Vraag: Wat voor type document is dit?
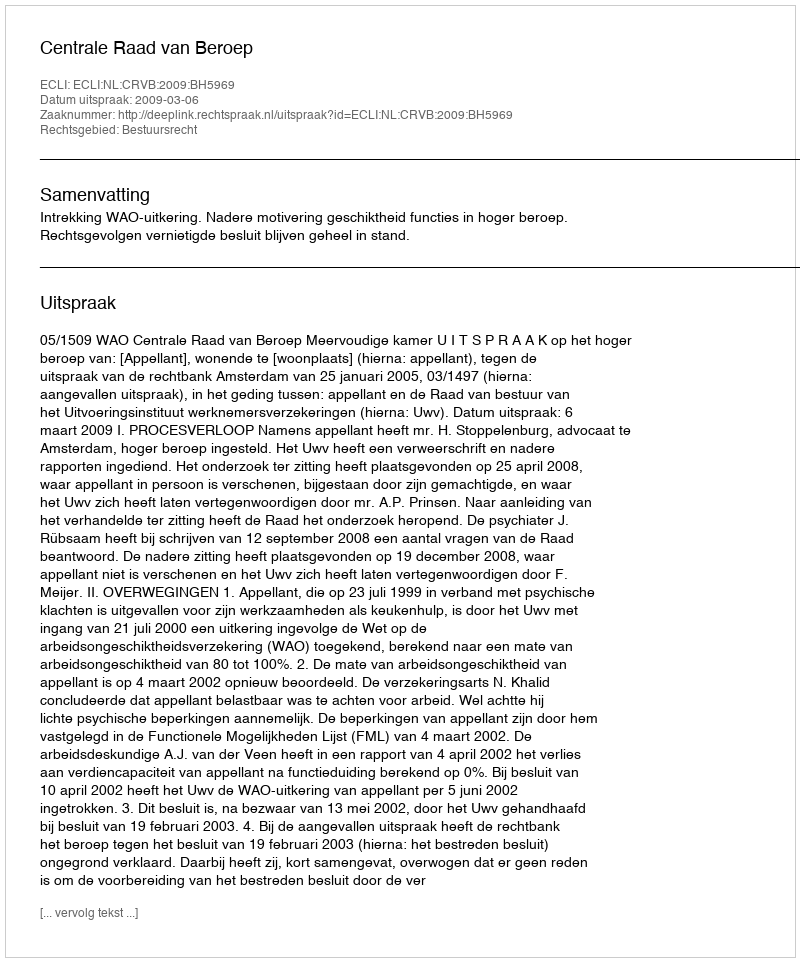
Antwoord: Uitspraak